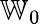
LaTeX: \mathbb{W}_{0}